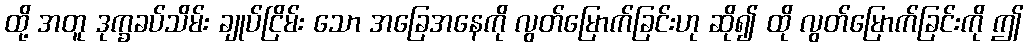
ထို့ အတူ ဒုက္ခခပ်သိမ်း ချုပ်ငြိမ်း သော အခြေအနေကို လွတ်မြောက်ခြင်းဟု ဆို၍ ထို လွတ်မြောက်ခြင်းကို ဤ